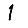
Digit: 1